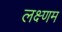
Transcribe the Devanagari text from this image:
लक्ष्णम